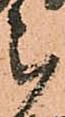
被